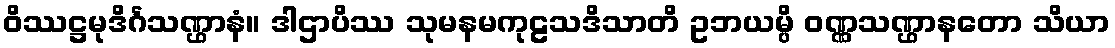
ဝိဿဋ္ဌမုဒိင်္ဂသဏ္ဌာနံ။ ဒါဌာပိဿ သုမနမကုဠသဒိသာတိ ဥဘယမ္ပိ ဝဏ္ဏသဏ္ဌာနတော သိယာ